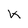
Character: k